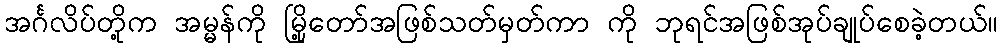
အင်္ဂလိပ်တို့က အမ္မန်ကို မြို့တော်အဖြစ်သတ်မှတ်ကာ ကို ဘုရင်အဖြစ်အုပ်ချုပ်စေခဲ့တယ်။